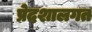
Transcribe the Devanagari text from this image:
प्रेदशालगत